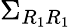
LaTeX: \Sigma_{R_{1}R_{1}}